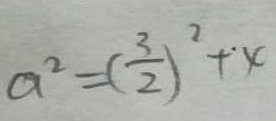
a ^ { 2 } = ( \frac { 3 } { 2 } ) ^ { 2 } + 4